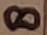
Text: 8